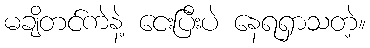
မချိတင်ကဲနဲ့ ငေးပြီးပဲ နေရရှာသတဲ့။